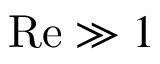
\mathrm { R e } \gg 1